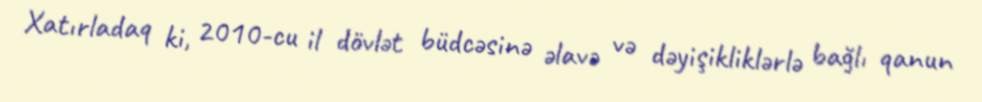
Xatırladaq ki, 2010-cu il dövlət büdcəsinə əlavə və dəyişikliklərlə bağlı qanun